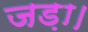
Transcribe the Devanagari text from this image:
जड़ा।